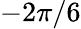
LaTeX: -2\pi/6